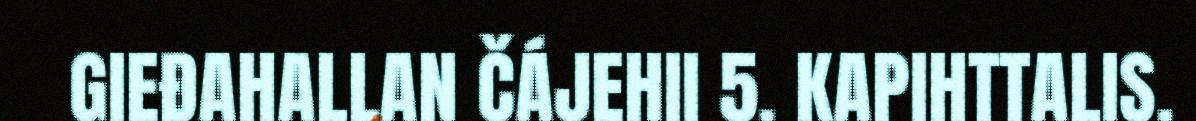
GIEĐAHALLAN ČÁJEHII 5. KAPIHTTALIS.